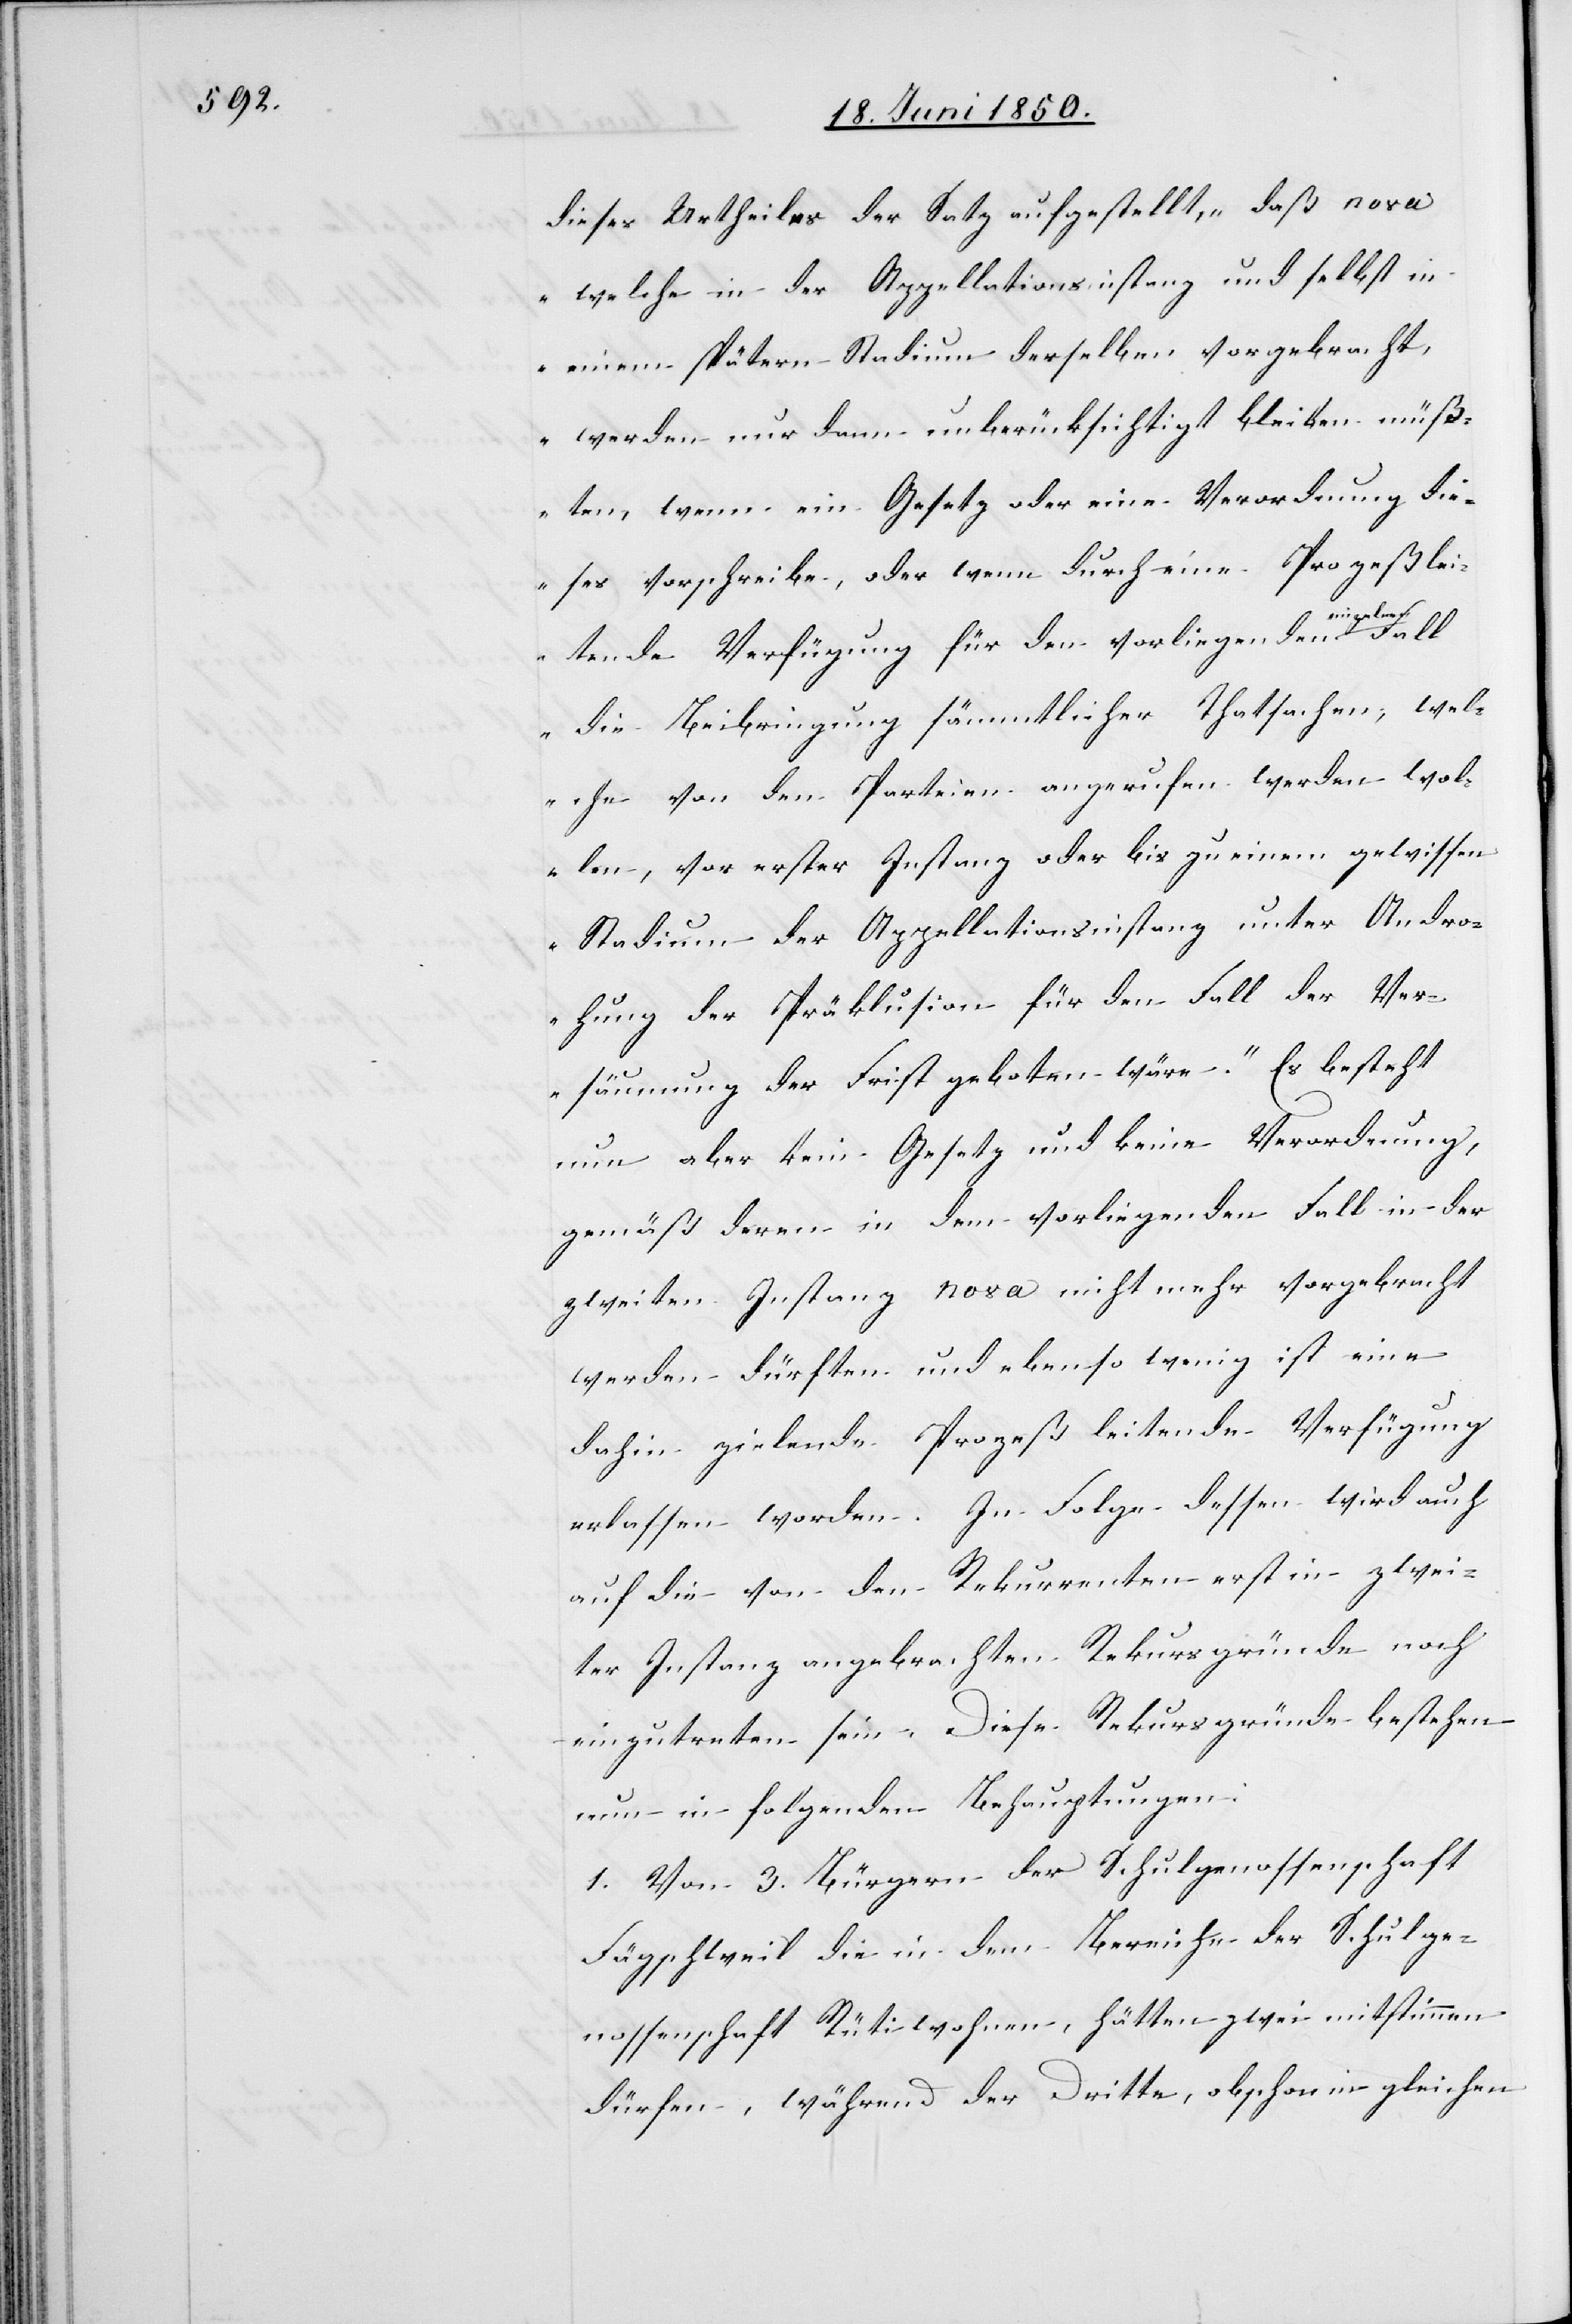
dieses Urtheiles der Satz aufgestellt, „daß nova
welche in der Appellationsinstanz und selbst in
einem spätern Stadium derselben vorgebracht,
werden nur dann unberücksichtigt bleiben müß¬
ten, wenn ein Gesetz oder eine Verordnung die¬
ses vorschreibe, oder wenn durch eine Prozeßlei¬
tende Verfügung für den vorliegenden einzelnen
die Beibringung sämmtlicher Thatsachen, wel¬
che von den Parteien angerufen werden wol¬
len, vor erster Instanz oder bis zu einem gewissen
Stadium der Appellationsinstanz unter Andro¬
hung der Präklusion für den Fall der Ver¬
säumung der Frist geboten wäre.“ Es besteht
nun aber kein Gesetz und keine Verordnung
gemäß deren in dem vorliegenden Fall in der
zweiten Instanz nova nicht mehr vorgebracht
werden dürften und ebenso wenig ist eine
dahin zielende Prozeß leitende Verfügung
erlassen worden. In Folge dessen wird auch
auf die von den Rekurrenten erst in zwei¬
ter Instanz angebrachten Rekursgründe noch
einzutreten sein. Diese Rekursgründe bestehen
nun in folgenden Behauptungen:
1. Von 3. Bürgern der Schulgenossenschaft
Fägschweil die in dem Berichte der Schulge¬
nossenschaft Rüti wohnen, hätten zwei mitstimmen
dürfen, während der Dritte, obschon in gleichen